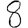
Digit: 8